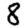
Digit: 8